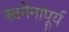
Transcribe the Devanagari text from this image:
स्वनेनापूर्य